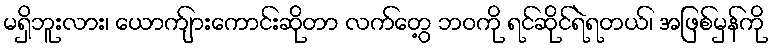
မရှိဘူးလား၊ ယောက်ျားကောင်းဆိုတာ လက်တွေ့ ဘဝကို ရင်ဆိုင်ရဲရတယ်၊ အဖြစ်မှန်ကို